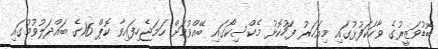
ބޮޑުވަޒީރުގެ ވާހަކަފުޅުގައި މިއަހަރު ފަހުކޮޅު މެކްސިކޯގައި ބޭއްވުމަށް ހަމަޖެހިފައިވާ ކޮޕް 16ގެ ބައްދަލުވުމުގައި